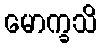
မောက္ခသိ